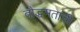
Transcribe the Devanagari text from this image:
बौद्धमताची